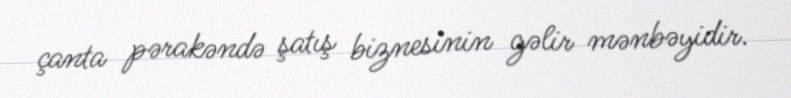
çanta pərakəndə şatış biznesinin gəlir mənbəyidir.